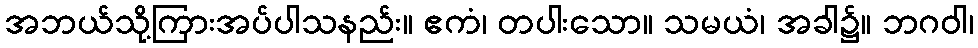
အဘယ်သို့ကြားအပ်ပါသနည်း။ ဧကံ၊ တပါးသော။ သမယံ၊ အခါ၌။ ဘဂဝါ၊